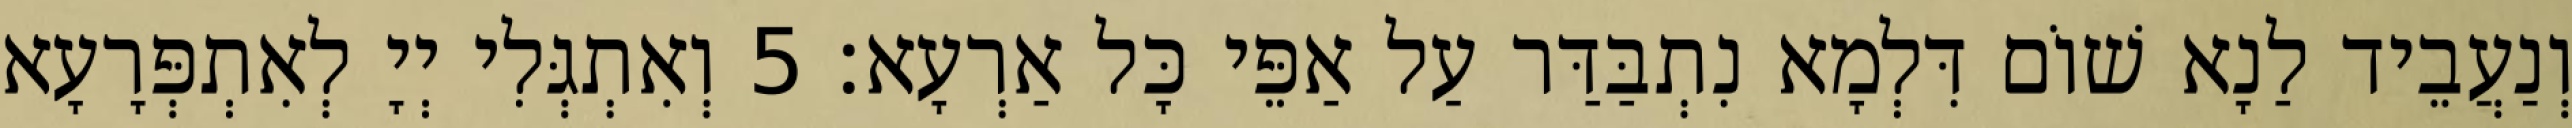
וְנַעֲבֵיד לַנָא שׁוֹם דִּלְמָא נִתְבַּדַּר עַל אַפֵּי כָּל אַרְעָא׃ 5 וְאִתְגְּלִי יְיָ לְאִתְפְּרָעָא